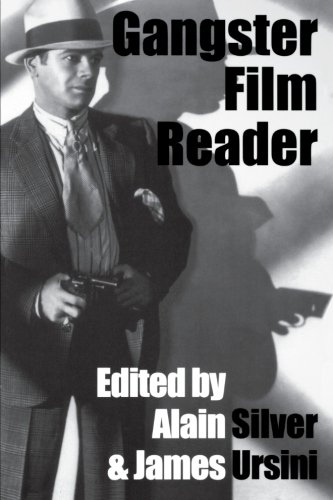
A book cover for The Gangster Film Reader (Softcover); Alain Silver; Humor & Entertainment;